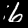
Digit: 6